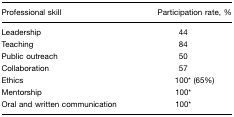
| Professional skill | Participation rate, % |
 | --- | --- |
 | Leadership | 44 |
 | Teaching | 84 |
 | Public outreach | 50 |
 | Collaboration | 57 |
 | Ethics | 100* (65%) |
 | Mentorship | 100* |
 | Oral and written communication | 100* |